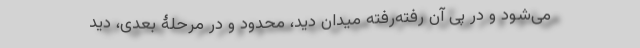
می‌شود و در پی آن رفته‌رفته میدانِ دید، محدود و در مرحلۀ بعدی، دیدِ